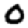
Digit: 0